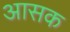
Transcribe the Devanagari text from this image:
आसक